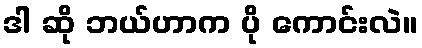
ဒါ ဆို ဘယ်ဟာက ပို ကောင်းလဲ။